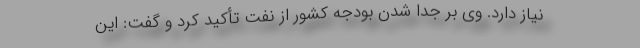
نیاز دارد. وی بر جدا شدن بودجه کشور از نفت تأکید کرد و گفت: این‌